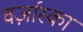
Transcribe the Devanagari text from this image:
वर्ज़ास्का